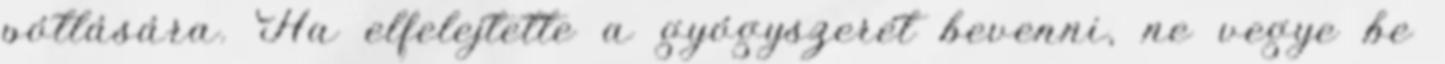
pótlására. Ha elfelejtette a gyógyszerét bevenni, ne vegye be